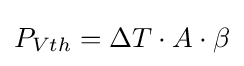
P_{Vth}=\Delta T\cdot A\cdot \beta